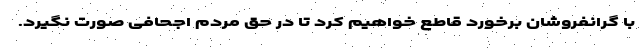
با گرانفروشان برخورد قاطع خواهیم کرد تا در حق مردم اجحافی صورت نگیرد.